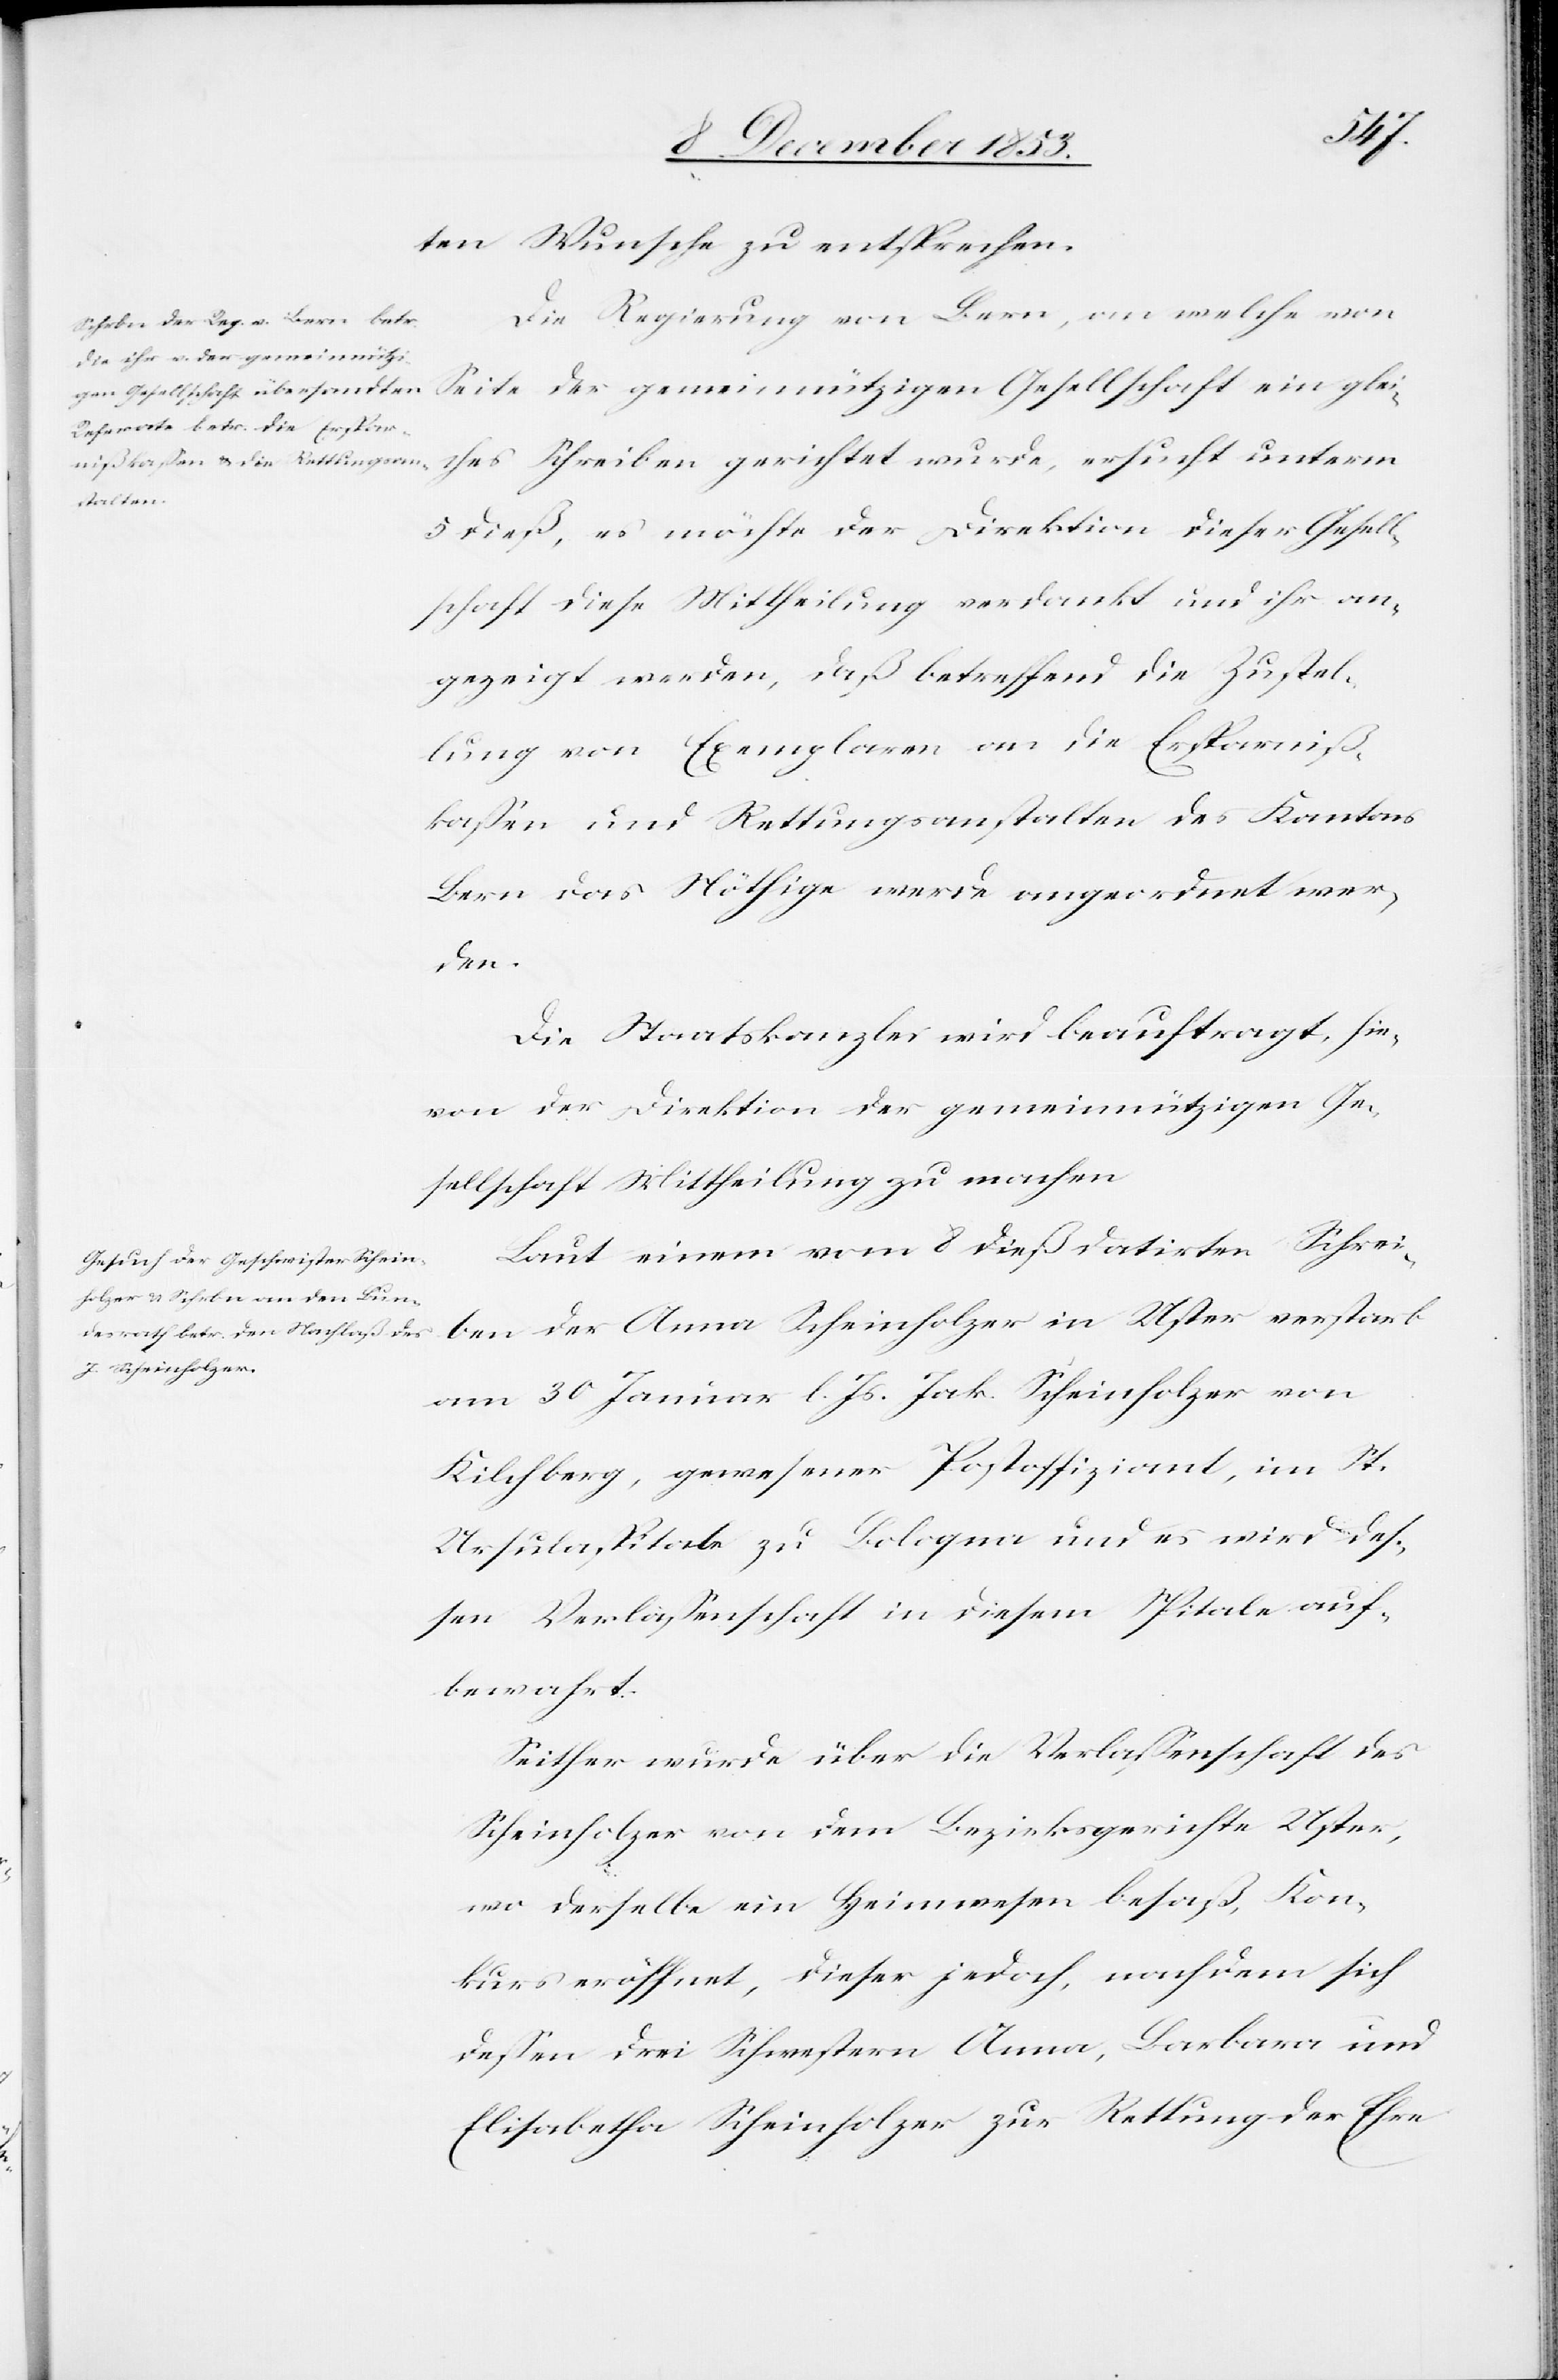
ten Wunsche zu entsprechen.
Die Regierung von Bern, an welche von
Seite der gemeinnützigen Gesellschaft ein glei¬
ches Schreiben gerichtet wurde, ersucht unterm
5 dieß, es möchte der Direktion der Gesell¬
schaft diese Mittheilung verdankt und ihr an¬
gezeigt werden, daß betreffend die Zustel¬
lung von Exemplaren an die Ersparniß¬
kaßen und Rettungsanstalten des Kantons
Bern das Nöthige werde angefordert wer¬
den.
Die Staatskanzlei wird beauftragt, hie¬
von der Direktion der gemeinnützigen Ge¬
sellschaft Mittheilung zu machen.
Laut einem vom 8 dieß datirten Schrei¬
ben der Anna Scheinholzer in Uster verstarb
am 30 Januar l. Js. Jak. Scheinholzer von
Kilchberg, gewesener Postoffiziant, im St.
Ursulaspitale zu Bologna und es wird des¬
sen Verlaßenschaft in diesem Spitale auf¬
bewahrt.
Seither wurde über die Verlaßenschaft durch
Scheinholzer von dem Bezirksgerichte Uster,
wo derselbe ein Heimwesen besaß, Kon¬
kurs eröffnet, dieser jedoch, nachdem sich
deßen drei Schwestern Anna, Barbara und
Elisabetha Scheinholzer zur Rettung der Ehre